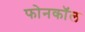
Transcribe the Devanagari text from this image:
फोनकाॅल